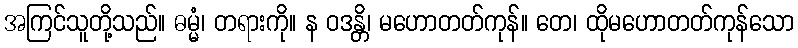
အကြင်သူတို့သည်။ ဓမ္မံ၊ တရားကို။ န ဝဒန္တိ၊ မဟောတတ်ကုန်။ တေ၊ ထိုမဟောတတ်ကုန်သော